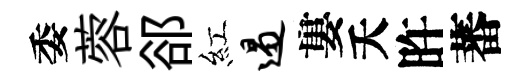
委蓉郤紅遏婁夭旿蕃